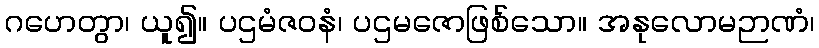
ဂဟေတွာ၊ ယူ၍။ ပဌမံဇဝနံ၊ ပဌမဇောဖြစ်သော။ အနုလောမဉာဏံ၊